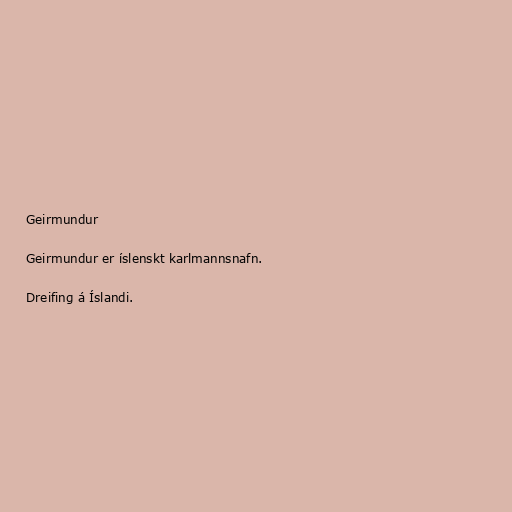
Geirmundur

Geirmundur er íslenskt karlmannsnafn.

Dreifing á Íslandi.